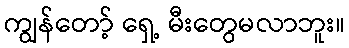
ကျွန်တော့် ရှေ့ မီးတွေမလာဘူး။